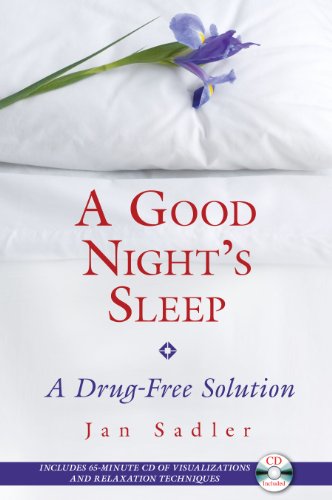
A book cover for A Good Night's Sleep: A Drug-Free Solution; Jan Sadler; Health, Fitness & Dieting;